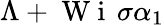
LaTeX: \Lambda+\mathrm{~W~i~}\, \sigma\alpha_{1}